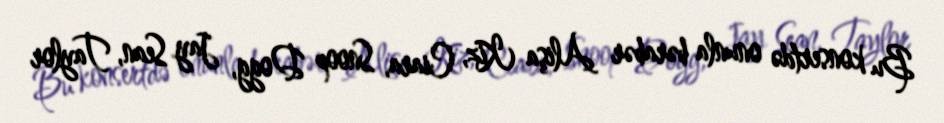
Bu konsertdə onunla bərabər Alişa Kiz, Ciara, Snoop Dogg, Jay Sean, Taylor